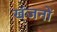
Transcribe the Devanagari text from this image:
खंजनों